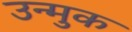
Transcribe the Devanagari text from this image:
उन्मुक